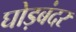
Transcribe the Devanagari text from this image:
घोड़बंदर